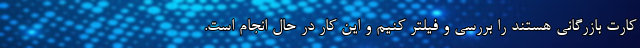
کارت بازرگانی هستند را بررسی و فیلتر کنیم و این کار در حال انجام است.